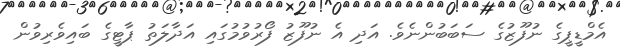
އެމްޑީޕީގެ ނުފޫޒުގެ ސަބަބުންނެވެ. އަދި އެ ނުފޫޒު ފޯރުވުމުގައި އަދާލަތު ޕާޓީގެ ބައިވެރިވުން